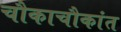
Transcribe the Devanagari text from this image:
चौकाचौकांत